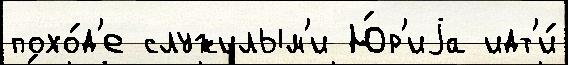
похо́д'е служилым'и Ю́р'иjа идт'и́